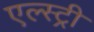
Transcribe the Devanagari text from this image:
एल्स्ट्री